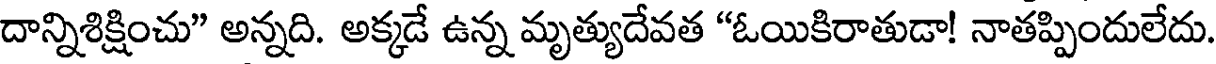
దాన్నిశిక్షించు" అన్నది. అక్కడే ఉన్న మృత్యుదేవత "ఓయికిరాతుడా! నాతప్పిందులేదు.